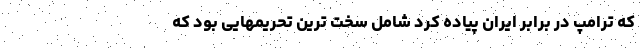
که ترامپ در برابر ایران پیاده کرد شامل سخت ترین تحریمهایی بود که